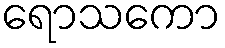
ရောသကော